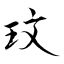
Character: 玟